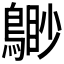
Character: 𪃐